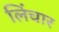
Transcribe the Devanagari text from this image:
लिंचार